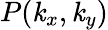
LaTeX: P(\mathit{k}_{x},\mathit{k}_{y})